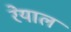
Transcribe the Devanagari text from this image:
रेयाल